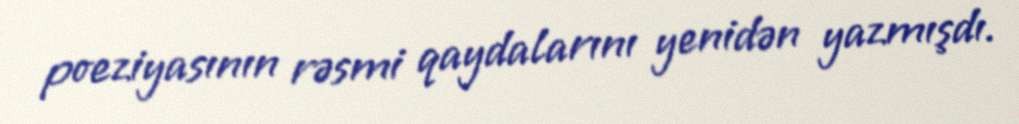
poeziyasının rəsmi qaydalarını yenidən yazmışdı.